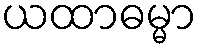
ယထာဓမ္မာ